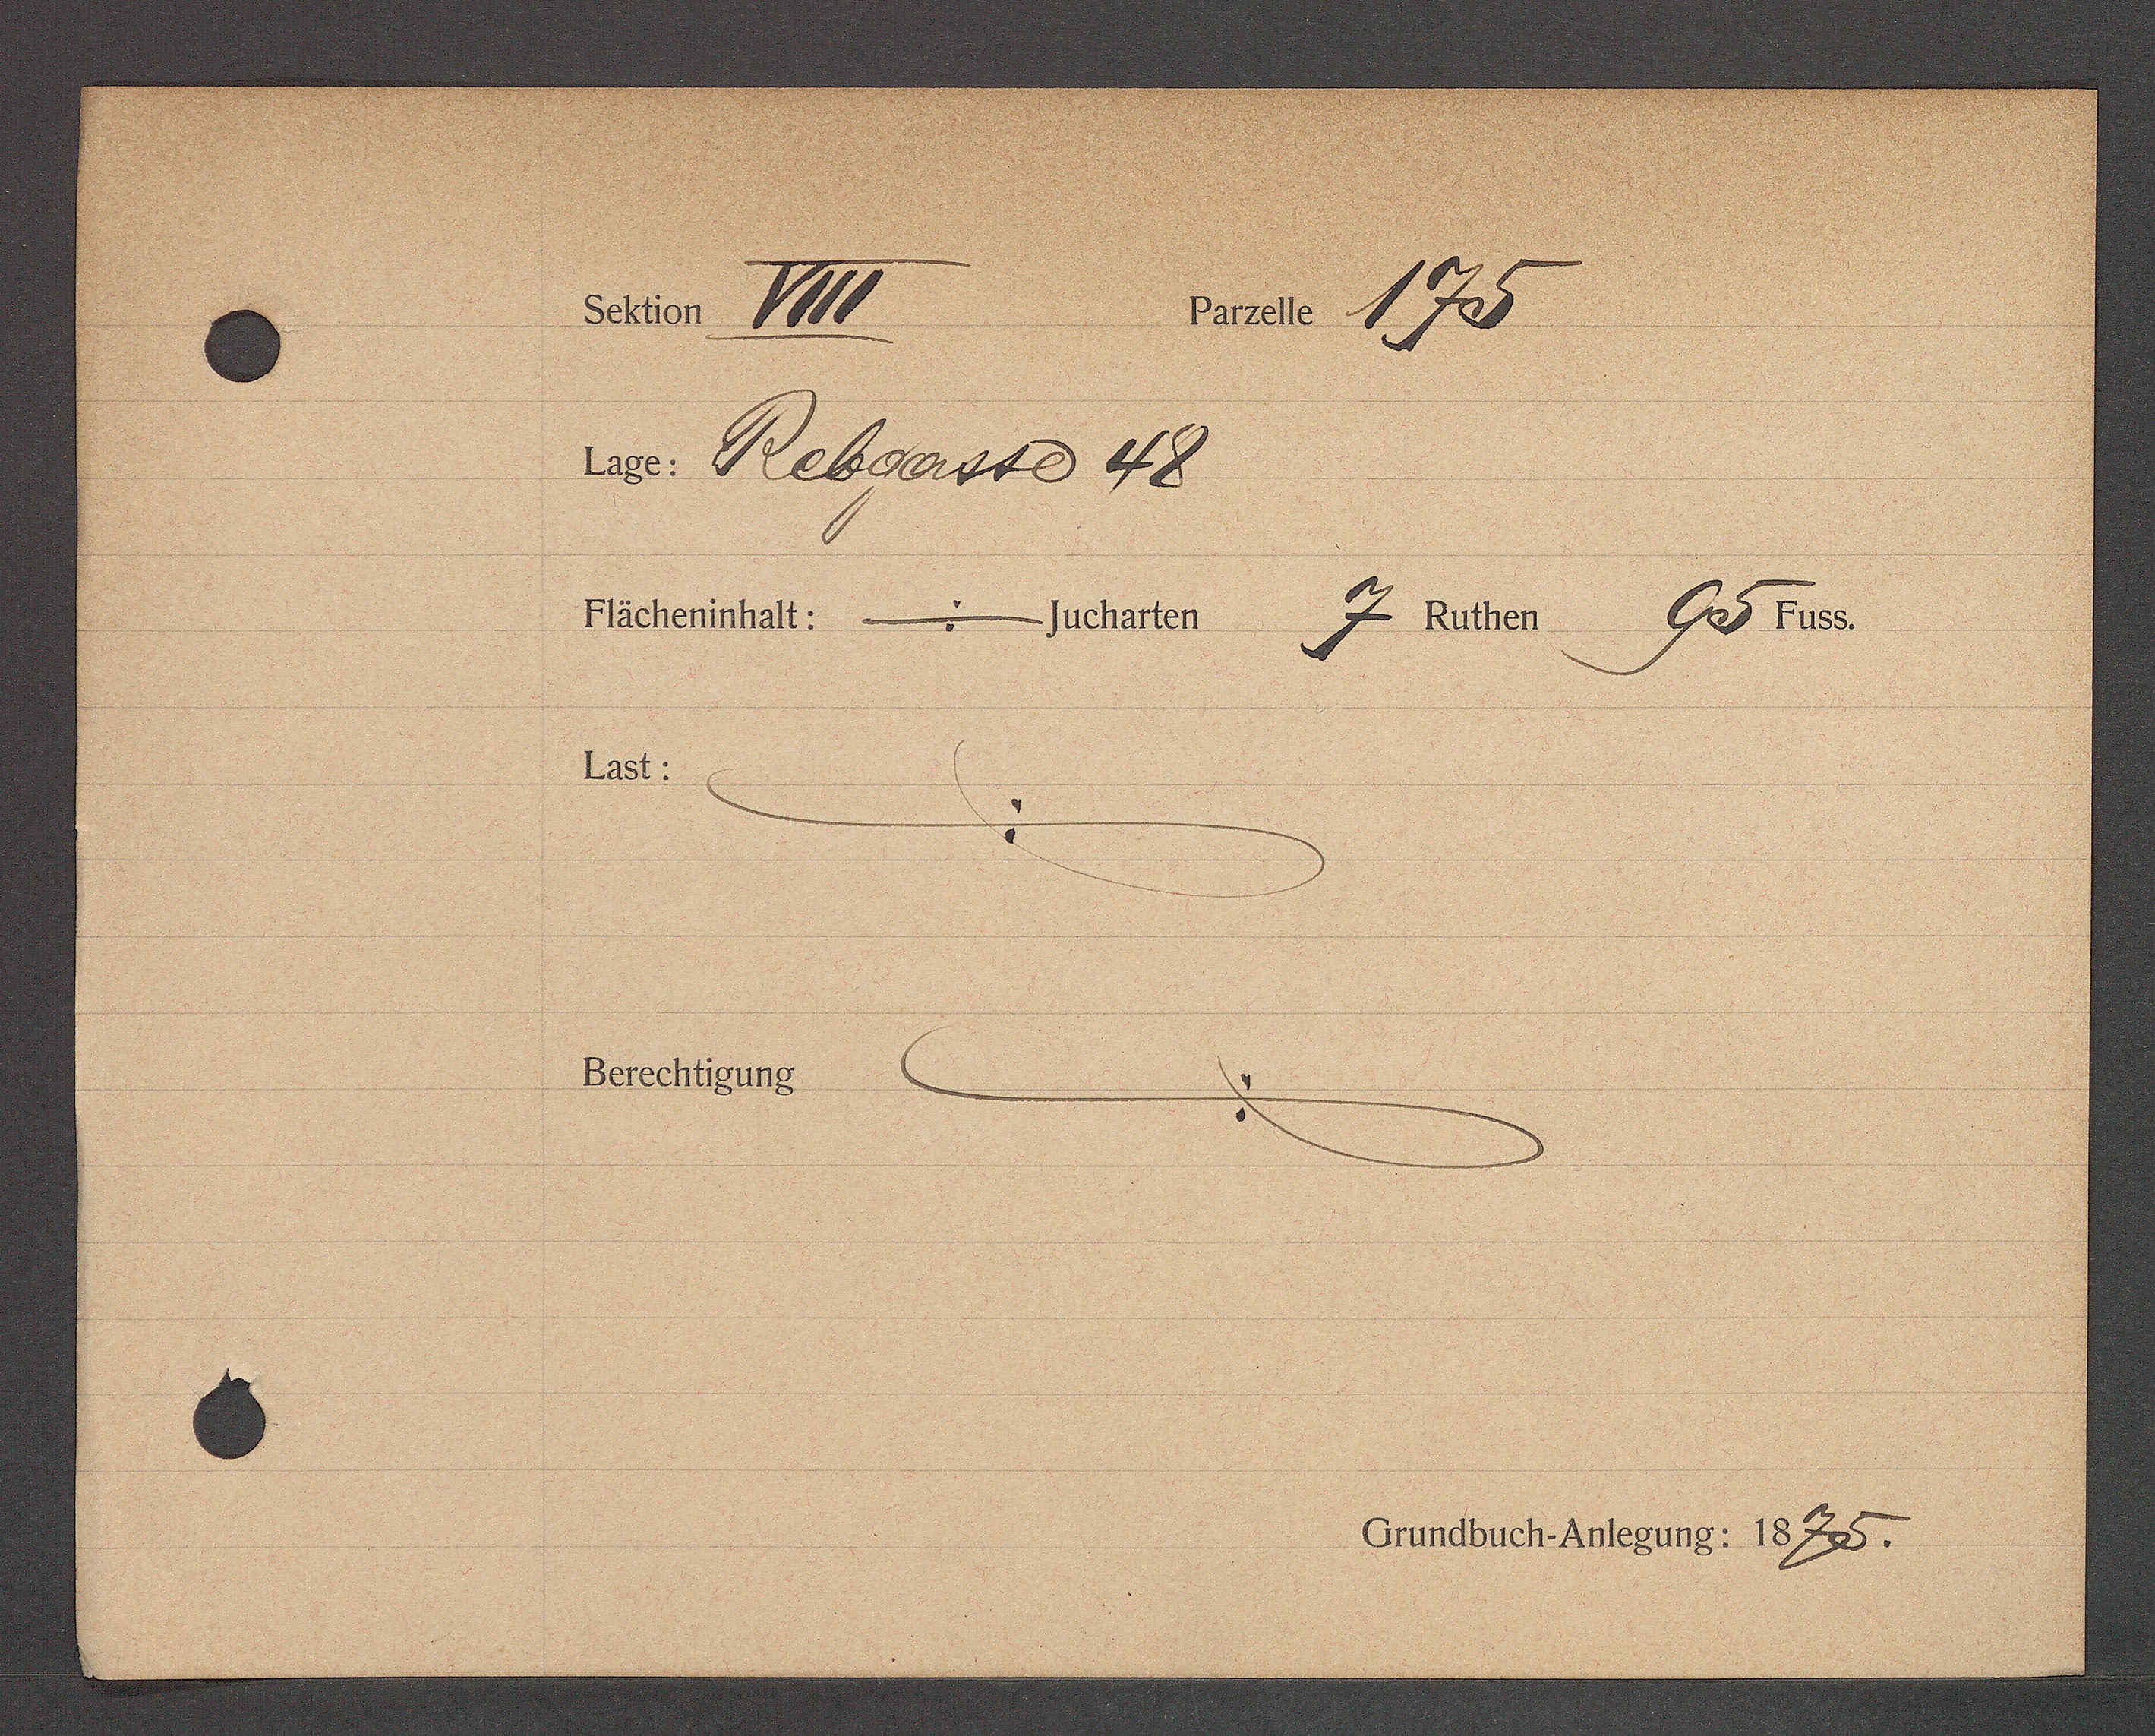
Transcript:
seher VoIt
Brnete 172
u. Rebgarste 48
7 aum Gol 4e
Dächeninhalt: mucharten
ast.
Berechtigung

Grundbuch Antezung: 1826.